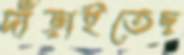
দাঁড়াইতেছ